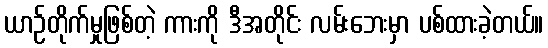
ယာဉ်တိုက်မှုဖြစ်တဲ့ ကားကို ဒီအတိုင်း လမ်းဘေးမှာ ပစ်ထားခဲ့တယ်။